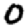
Digit: 0